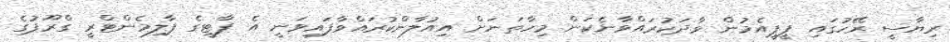
ރިޔާސީ ރޭހުގައި ޕީޕީއެމުން ވާދަކުރައްވާނެކަން މިހާތަނަށް އިއުލާންކުރައްވާފައިވަނީ އެ ޕާޓީގެ ޕާލިމެންޓްރީ ގްރޫޕުގެ